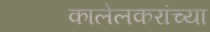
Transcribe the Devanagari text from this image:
कालेलकरांच्या